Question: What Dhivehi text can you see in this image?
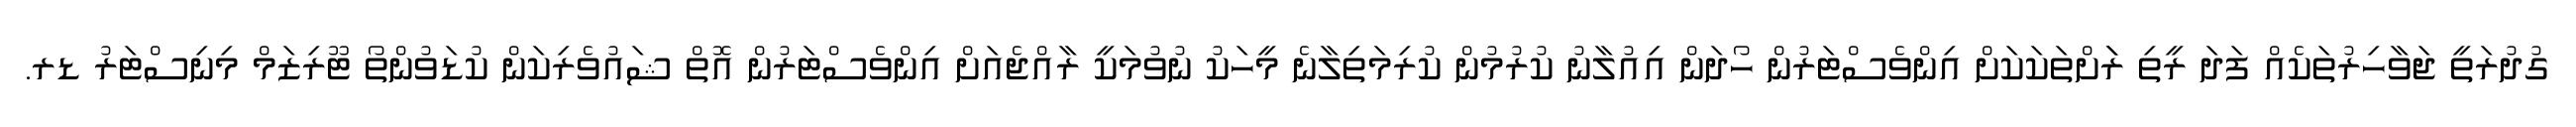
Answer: ގުދުރަތީ ޖަވާހިރުތަކެއް ފަދަ ރީތި ރަަށްތަކަކަށް އިންވެސްޓަރުން ހޯދަން އިއުލާނު ކުރުމުން ކުރިމަތިލާނެ މީހަކު ނުވުމަކީ ރާއްޖެއަށް އިންވެސްޓަރުން އޮތް ޝައުވެރިކަން ކުޑަވުންތޯ ޓޫރިޒަމް މިނިސްޓަރު ޑރ.